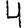
Digit: 4